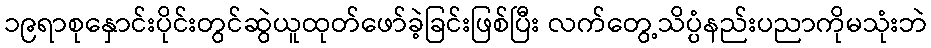
၁၉ရာစုနှောင်းပိုင်းတွင်ဆွဲယူထုတ်ဖော်ခဲ့ခြင်းဖြစ်ပြီး လက်တွေ့သိပ္ပံနည်းပညာကိုမသုံးဘဲ